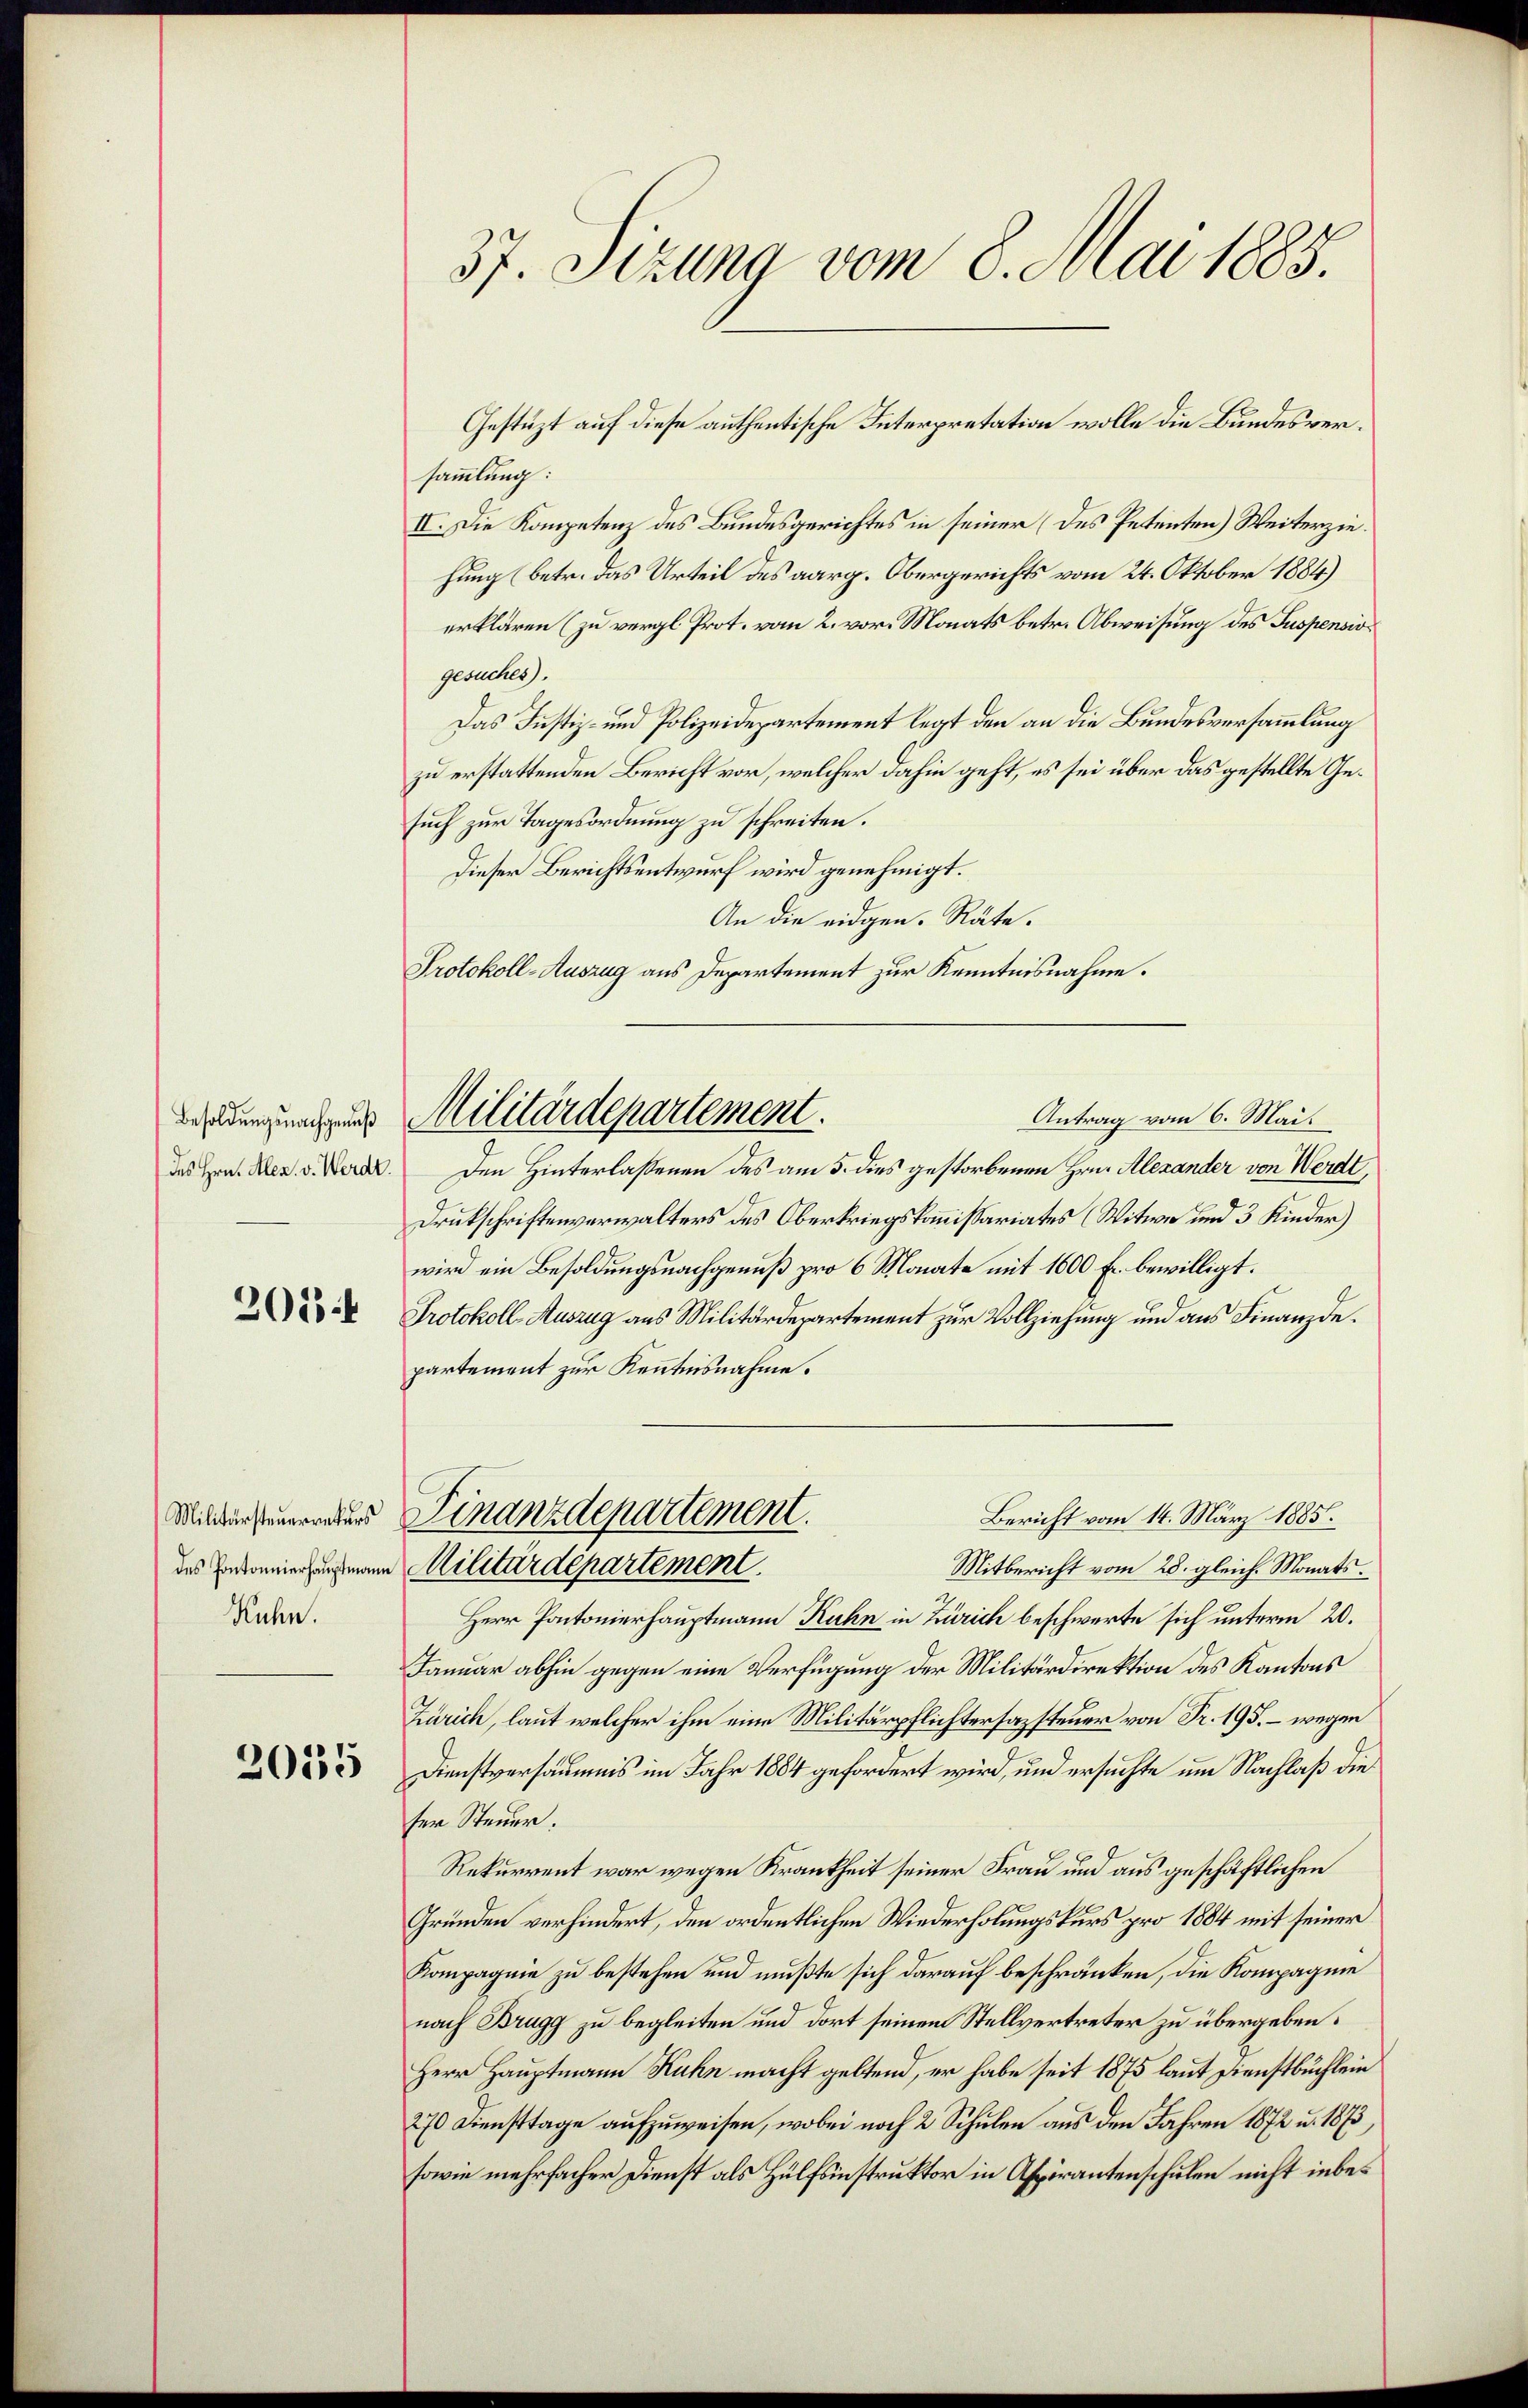
Besoldungsnachgenuß
des Hrn. Alex. v. Werde.

201 f

Militärsteuerraturs
des Pontonnierhauptmann
Ruhn.

2035

37. Sizung vom 8. Mai 1885.

Gestüzt auf diese authentische Interpretation wolle die Bundesversammlung:
II. Die Kompetenz des Bundesgerichtes in seiner (des Petenten) Weiterziehung (betr. das Urteil des aarg. Obergerichts vom 24. Oktober 1884)
erklären (zu vergl. Prot. vom 2. vor. Monats betr. Abweisung des Suspensio
gesuches).
Das Justiz- und Polizeidepartement legt den an die Bundesversammlung
zu erstattenden Bericht vor, welcher dahin geht, es sei über das gestellte Gesuch zur Tagesordnung zu schreiten.
Dieser Berichtsentwurf wird genehmigt.
An die eidgen. Räte.
Protokoll-Auszug aus Departement zur Kenntnisnahme.
Antrag vom 6. Mai.
Den Hinterlassenen des am 5. dies gestorbenen Hrn. Alexander von Werdt,
Drukschriftenverwalters des Oberkriegskommissariates (Witwe und 3 Kinder)
wird ein Besoldungsnachgenuß pro 6 Monate mit 1600 fr. bewilligt.
Protokolls-Auszug aus Militärdepartement zur Vollziehung und aus Finanzdepartement zur Kenntnisnahme.
Bericht vom 14. März 1885.
Finanzdepartement.
Militärdepartement.
Mitbericht vom 28. gleich. Monats.
Herr Pontonierhauptmann Kuhn in Zürich beschwerte sich unterm 20.
Januar abhin gegen eine Verfügung der Militärdirektion des Kantons
Zürich, laut welcher ihm eine Militärpflichtersazsteuer von Fr. 195. – wegen
Dienstversäumnis im Jahr 1884 gefordert wird, und ersuchte um Nachlaß die
ser Steuer.
Rekurrent war wegen Krankheit seiner Frau und aus geschäftlichen
Gründen verhindert, den ordentlichen Wiederholungskurs pro 1884 mit seiner
Kompagnie zu bestehen und mußte sich darauf beschränken, die Kompagnie
nach Brugg zu begleiten und dort seinem Stellvertreter zu übergeben:
Herr Hauptmann Kuhn macht geltend, er habe seit 1875 laut Dienstbüchlein
270 Diensttage aufzuweisen, wobei noch 2 Schulen aus den Jahren 1872 u. 1873,
sowie mehrfacher Dienst als Hülfsinstruktor in Aspirantenschulen nicht inbe¬

Militärdepartement.